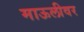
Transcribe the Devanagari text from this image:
माऊलीवर